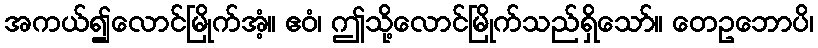
အကယ်၍လောင်မြိုက်အံ့။ ဧဝံ၊ ဤသို့လောင်မြိုက်သည်ရှိသော်။ တေဥဘောပိ၊